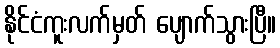
နိုင်ငံကူးလက်မှတ် ပျောက်သွားပြီ။